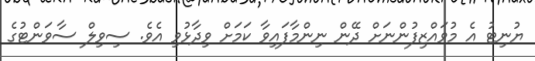
ޔުނިޓު އެ މުވައްޒިފުންނަށް ދޭން ނިންމާފައިވާ ކަމަށް ވިދާޅުވި އެވެ. ސިވިލް ސާވަންޓުގެ